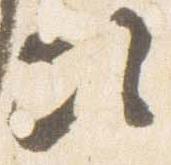
次